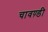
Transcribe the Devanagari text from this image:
चावण़्डी